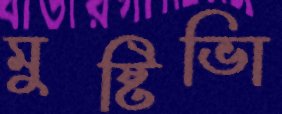
মুষ্টিভিা